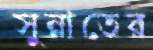
সুন্নাতের